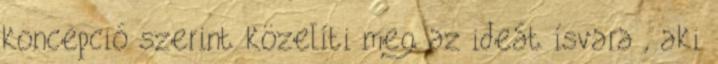
koncepció szerint közelíti meg az ideát ísvara , aki